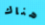
هناك